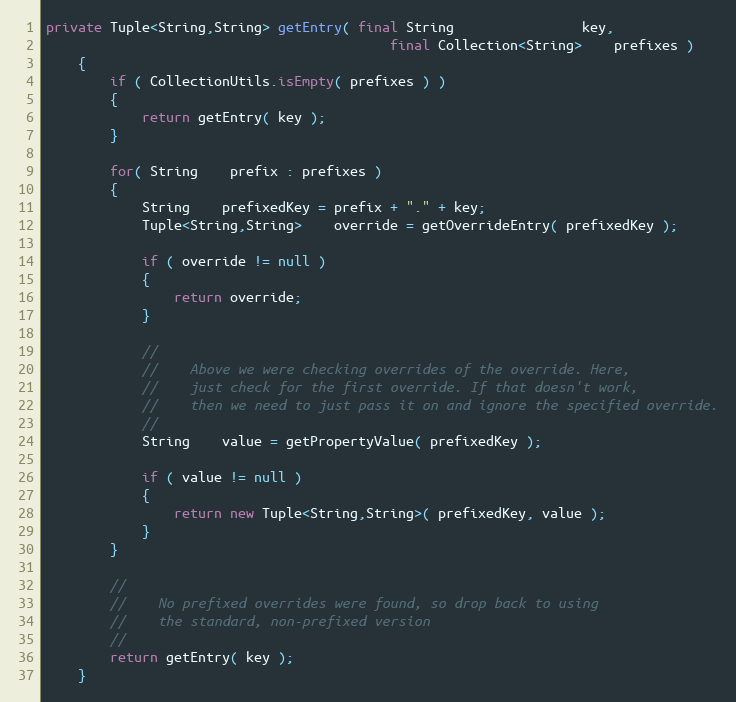
Language: Java
private Tuple<String,String> getEntry( final String                key,
                                           final Collection<String>    prefixes )
    {
        if ( CollectionUtils.isEmpty( prefixes ) )
        {
            return getEntry( key );
        }

        for( String    prefix : prefixes )
        {
            String    prefixedKey = prefix + "." + key;
            Tuple<String,String>    override = getOverrideEntry( prefixedKey );

            if ( override != null )
            {
                return override;
            }

            //
            //    Above we were checking overrides of the override. Here,
            //    just check for the first override. If that doesn't work,
            //    then we need to just pass it on and ignore the specified override.
            //
            String    value = getPropertyValue( prefixedKey );

            if ( value != null )
            {
                return new Tuple<String,String>( prefixedKey, value );
            }
        }

        //
        //    No prefixed overrides were found, so drop back to using
        //    the standard, non-prefixed version
        //
        return getEntry( key );
    }